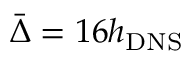
\bar { \Delta } = 1 6 h _ { \mathrm { { D N S } } }